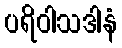
ပရိဝါသဒါနံ